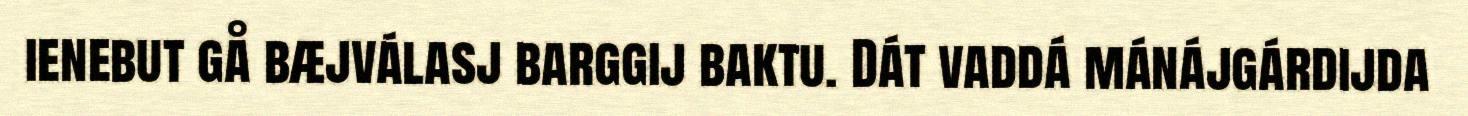
ienebut gå bæjválasj barggij baktu. Dát vaddá mánájgárdijda